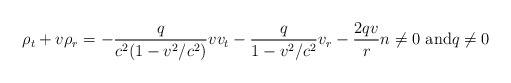
\begin{align*}\displaystyle\rho_{t}+v\rho_{r}=-\frac{q}{c^{2}(1-v^{2}/c^{2})}vv_{t}-\frac{q}{1-v^{2}/c^{2}}v_{r}-\frac{2qv}{r}n\neq0\text{ and}q\neq0 \end{align*}